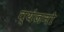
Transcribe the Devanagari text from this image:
व्‍यंजनो